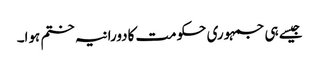
جیسے ہی جمہوری حکومت کادورانیہ ختم ہوا۔